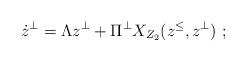
LaTeX: \begin{align*} \dot z^{\perp}=\Lambda z^{\perp}+\Pi^{\perp}X_{Z_2}(z^{\leq},z^{\perp})\ ; \end{align*}